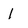
Character: l